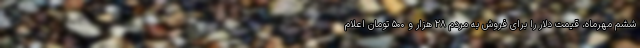
ششم مهرماه، قیمت دلار را برای فروش به مردم ۲۸ هزار و ۵۰۰ تومان اعلام